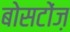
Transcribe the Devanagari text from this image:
बोसटोंज़